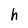
Character: h